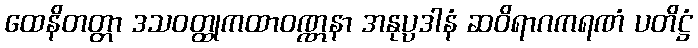
ထေနိတတ္တာ ဒသဝတ္ထုကထာဝဏ္ဏနာ အနုပ္ပဒါနံ ဆဝိရာဂကရဏံ ပတိဋ္ဌံ